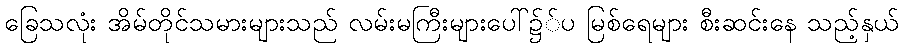
ခြေသလုံး အိမ်တိုင်သမားများသည် လမ်းမကြီးများပေါ်၌်ပ မြစ်ရေများ စီးဆင်းနေ သည့်နှယ်